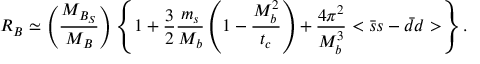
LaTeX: R _ { B } \simeq \left( \frac { M _ { B _ { S } } } { M _ { B } } \right) \left\{ 1 + \frac { 3 } { 2 } \frac { m _ { s } } { M _ { b } } \left( 1 - \frac { M _ { b } ^ { 2 } } { t _ { c } } \right) + \frac { 4 \pi ^ { 2 } } { M _ { b } ^ { 3 } } < \bar { s } s - \bar { d } d > \right\} .